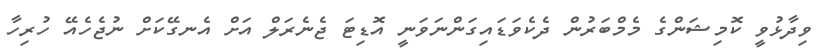
ވިދާޅުވީ ކޮމިޝަންގެ މެމްބަރުން ދެކެވަޑައިގަންނަވަނީ އޮޑިޓަ ޖެނެރަލް އަށް އެނގޭކަށް ނުޖެހެއޭ ހުރިހާ